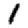
Digit: 1